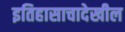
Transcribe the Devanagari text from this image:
इतिहासाचादेखील